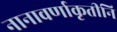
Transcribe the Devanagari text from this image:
नानावर्णाकृतीनि